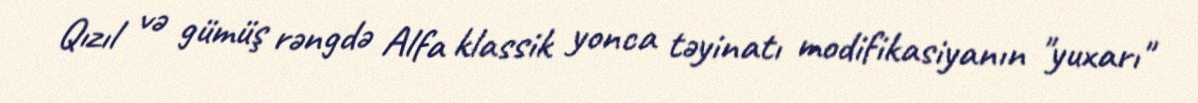
Qızıl və gümüş rəngdə Alfa klassik yonca təyinatı modifikasiyanın "yuxarı"